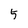
Character: 5